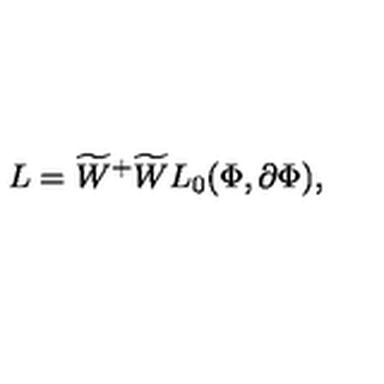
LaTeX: L = { \widetilde { W } } ^ { + } \widetilde { W } L _ { 0 } ( \Phi , \partial \Phi ) ,